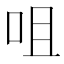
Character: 咀